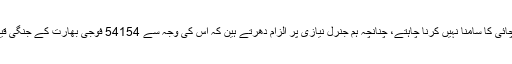
ہم اس تلخ سچائی کا سامنا نہیں کرنا چاہتے، چنانچہ ہم جنرل نیازی پر الزام دھرتے ہین کہ اس کی وجہ سے 54154 فوجی بھارت کے جنگی قیدی بن گئے۔